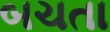
બચતા